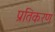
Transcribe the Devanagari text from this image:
प्रतिकरण